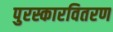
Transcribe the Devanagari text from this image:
पुरस्कारवितरण